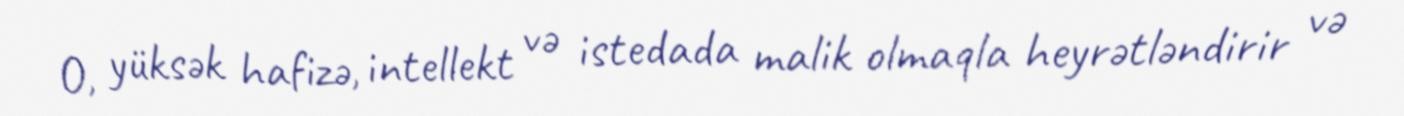
O, yüksək hafizə, intellekt və istedada malik olmaqla heyrətləndirir və